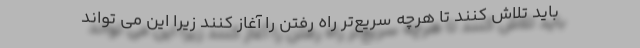
باید تلاش کنند تا هرچه سریع‌تر راه رفتن را آغاز کنند زیرا این می تواند